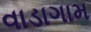
વાડાગામ